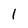
Character: 1